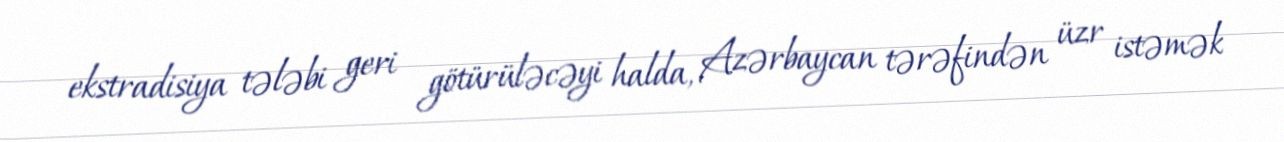
ekstradisiya tələbi geri götürüləcəyi halda, Azərbaycan tərəfindən üzr istəmək